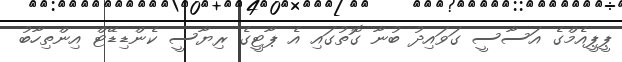
ޕީޕީއެމްގެ އަސާސީ ގަވައިދު ބުނާ ގޮތުގައި އެ ޕާޓީގެ ރިޔާސީ ކެންޑިޑޭޓް އިންތިހާބު